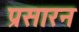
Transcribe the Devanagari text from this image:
प्रसारन